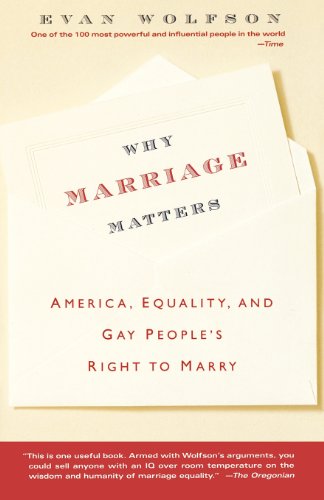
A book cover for Why Marriage Matters: America, Equality, and Gay People's Right to Marry; Evan Wolfson; Law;